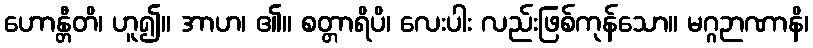
ဟောန္တီတိ၊ ဟူ၍။ အာဟ၊ ၏။ စတ္တာရိပိ၊ လေးပါး လည်းဖြစ်ကုန်သော။ မဂ္ဂဉာဏာနိ၊